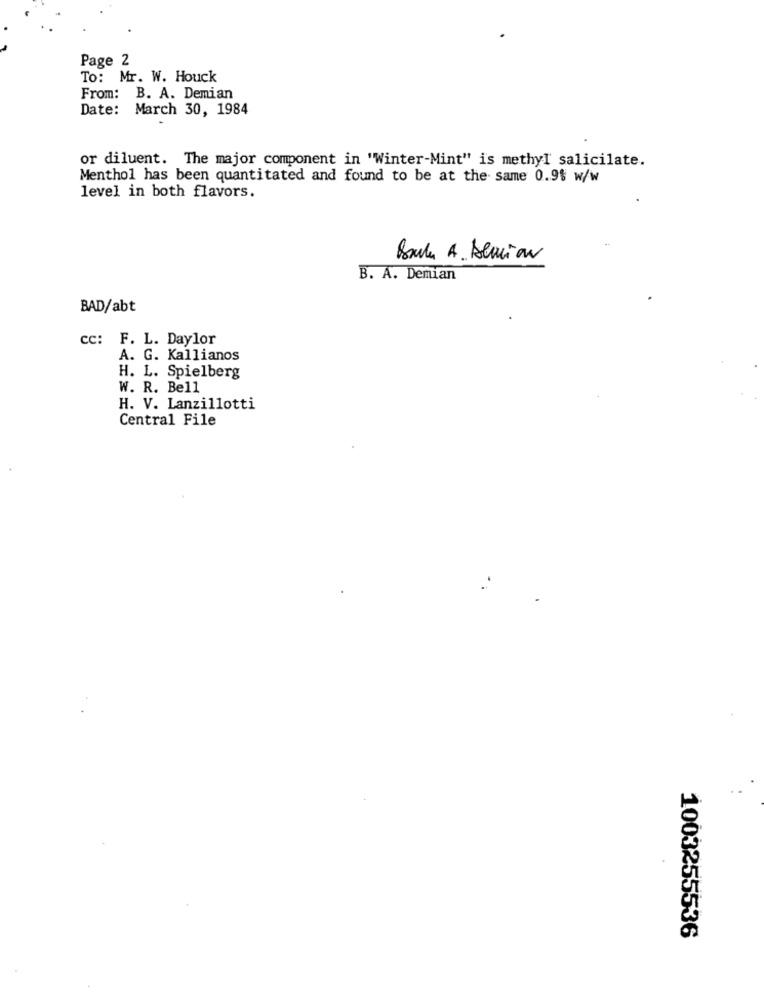
Page 2
To: Mr. W. Houck
From: B. A. Demian
Date: March 30, 1984
or diluent. The major component in "Winter-Mint" is methyl salicilate.
Menthol has been quantitated and found to be at the same 0.9% w/w
level in both flavors.
Boule A. Demian
B. A. Demian
BAD/abt
cc: F. L. Daylor
A. G. Kallianos
H. L. Spielberg
W. R. Bell
H. V. Lanzillotti
Central File
1003255536